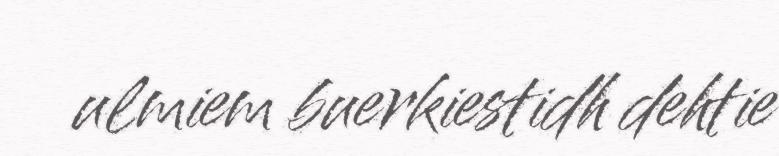
ulmiem buerkiestidh dehtie